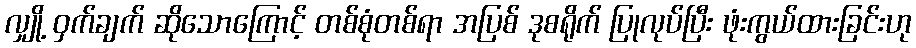
လျှို့ ဝှက်ချက် ဆိုသောကြောင့် တစ်စုံတစ်ရာ အပြစ် ဒုစရိုက် ပြုလုပ်ပြီး ဖုံးကွယ်ထားခြင်းဟု